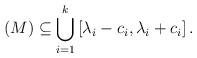
LaTeX: \begin{align*}(M) \subseteq \bigcup_{i=1}^k \left [ \lambda_i - c_i, \lambda_i + c_i\right ].\end{align*}